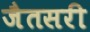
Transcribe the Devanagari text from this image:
जैतसरी